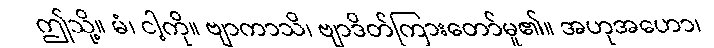
ဤသို့။ မံ၊ ငါ့ကို။ ဗျာကာသိ၊ ဗျာဒိတ်ကြားတော်မူ၏။ အဟုအဟော၊